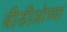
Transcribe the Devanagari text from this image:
बीडीओच्या